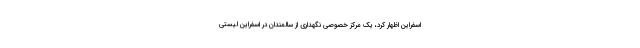
اسفراین اظهار کرد، یک مرکز خصوصی نگهداری از سالمندان در اسفراین لیستی